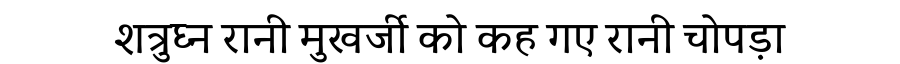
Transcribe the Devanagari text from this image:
शत्रुघ्न रानी मुखर्जी को कह गए रानी चोपड़ा